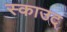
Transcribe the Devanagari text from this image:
स्काउट्